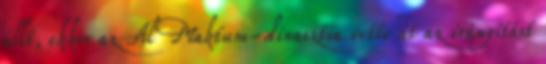
állt, ekkor az Al Maktum-dinasztia vette át az irányítást